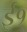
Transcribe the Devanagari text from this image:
ई१